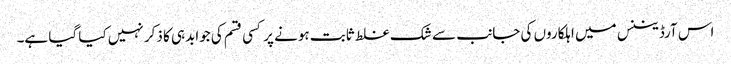
اس آرڈیننس میں اہلکاروں کی جانب سے شک غلط ثابت ہونے پر کسی قسم کی جوابدہی کا ذکر نہیں کیا گیا ہے۔